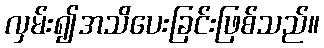
လှမ်း၍အသိပေးခြင်းဖြစ်သည်။